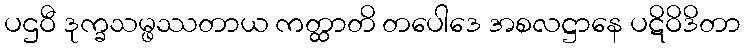
ပဌဝီ ဒုက္ခသမ္ဖဿတာယ ကတ္ထာတိ တပေါဒေ အစလဋ္ဌာနေ ပဋိဝိဒိတာ